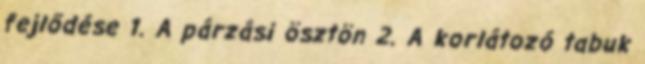
fejlődése 1. A párzási ösztön 2. A korlátozó tabuk